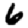
Digit: 6